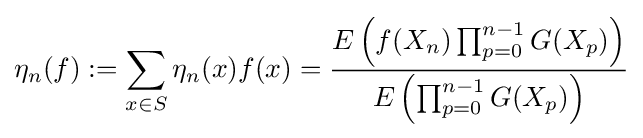
\eta _{n}(f):=\sum _{x\in S}\eta _{n}(x)f(x)={\frac {E\left(f(X_{n})\prod _{p=0}^{n-1}G(X_{p})\right)}{E\left(\prod _{p=0}^{n-1}G(X_{p})\right)}}